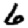
Digit: 6